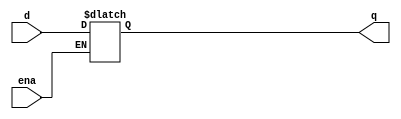
module top_module (
    input d, 
    input ena,
    output q);
	
    //Latches are level-sensitive (not edge-sensitive) circuits, so in an always block, they use level-sensitive sensitivity lists.
	//However, they are still sequential elements, so should use non-blocking assignments.
	//A D-latch acts like a wire (or non-inverting buffer) when enabled, and preserves the current value when disabled.

    always @ (*) begin
        if (ena) q<=d;
    end

endmodule